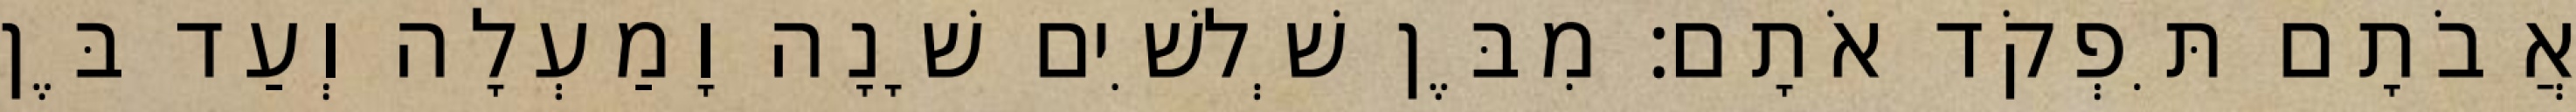
אֲבֹתָם תִּפְקֹד אֹתָם׃ מִבֶּן שְׁלשִׁים שָׁנָה וָמַעְלָה וְעַד בֶּן